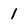
Character: 1